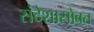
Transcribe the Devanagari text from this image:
संदेशासोबत